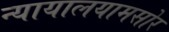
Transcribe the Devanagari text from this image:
न्यायालयामसोर